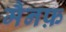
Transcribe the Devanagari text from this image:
मैनफ़